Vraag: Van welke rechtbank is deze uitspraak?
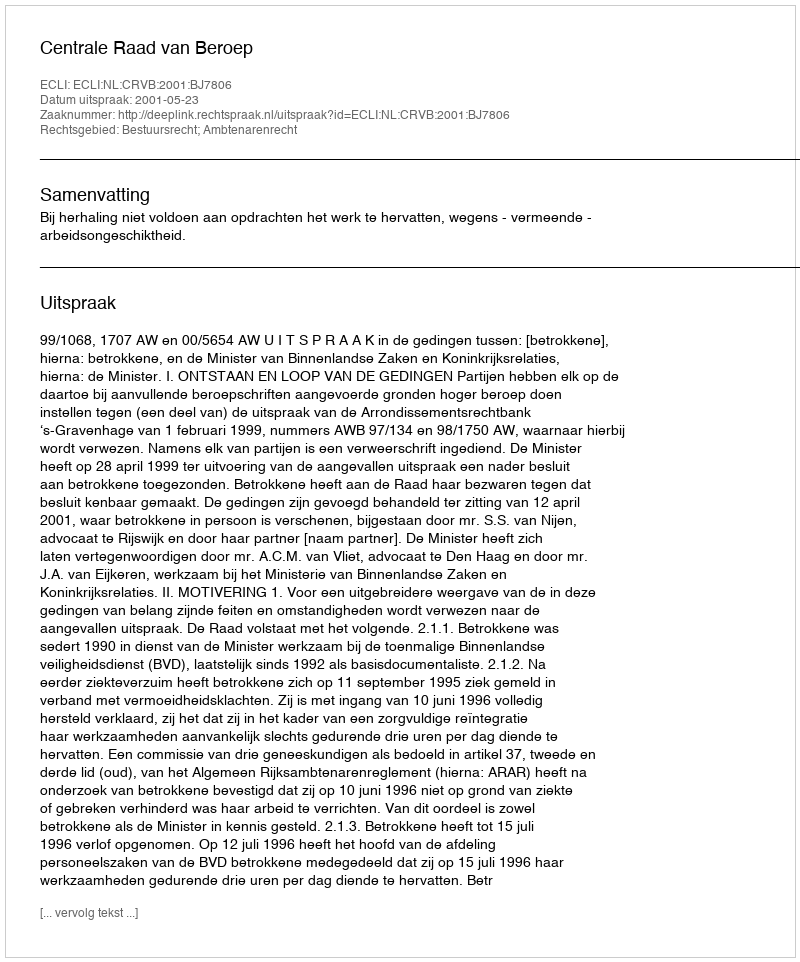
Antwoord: Centrale Raad van Beroep